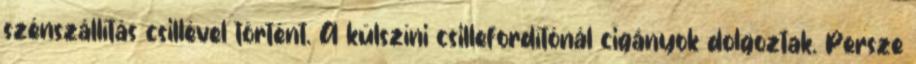
szénszállítás csillével történt. A külszíni csillefordítónál cigányok dolgoztak. Persze